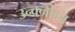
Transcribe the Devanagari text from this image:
उन्क्नोत्न्